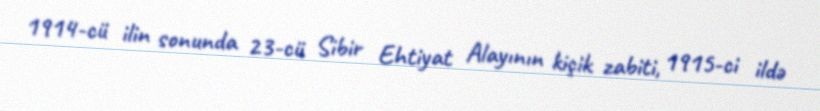
1914-cü ilin sonunda 23-cü Sibir Ehtiyat Alayının kiçik zabiti, 1915-ci ildə